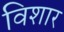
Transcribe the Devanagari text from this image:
विशार